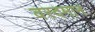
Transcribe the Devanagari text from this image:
वरदमान